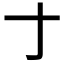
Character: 𬺰